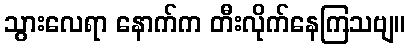
သွားလေရာ နောက်က တီးလိုက်နေကြသဗျ။